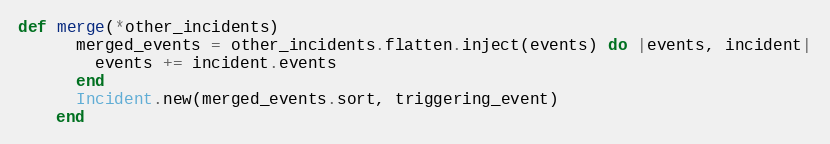
Language: Ruby
def merge(*other_incidents)
      merged_events = other_incidents.flatten.inject(events) do |events, incident|
        events += incident.events
      end
      Incident.new(merged_events.sort, triggering_event)
    end